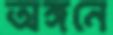
অঙ্গনে